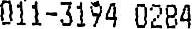
011-3194 0284